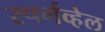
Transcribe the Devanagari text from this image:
स्पर्मव्हेल